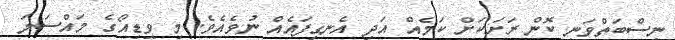
ނިސްބަތްވަނީ ކޮން ރަށަކަށް ކަމެއް އަދި އެނގިފައެއް ނުވެއެވެ. މި ވީޑިއޯގެ މައްސަލަ